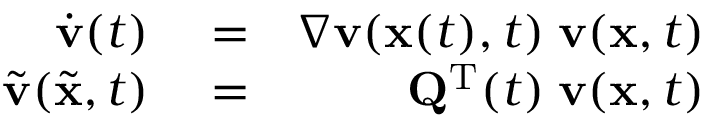
\begin{array} { r l r } { \dot { { \mathbf v } } ( t ) } & { { } = } & { \nabla { \mathbf v } ( { \mathbf x } ( t ) , t ) \; { \mathbf v } ( { \mathbf x } , t ) } \\ { \widetilde { { \mathbf v } } ( \widetilde { { \mathbf x } } , t ) } & { { } = } & { { \mathbf Q } ^ { { \mathrm T } } ( t ) \; { \mathbf v } ( { \mathbf x } , t ) } \end{array}